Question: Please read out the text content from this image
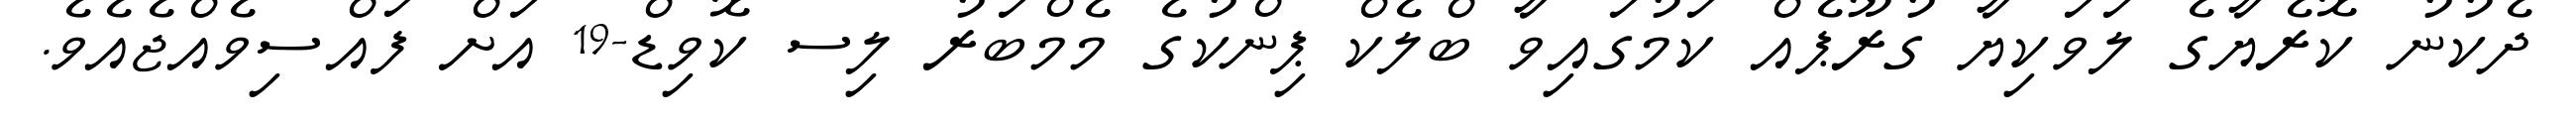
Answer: ދެކުނު ކޮރެޔާގެ ލަވަކިޔާ ގުރޫޕެއް ކަމުގައިވާ ބްލެކް ޕިންކުގެ މެމްބަރު ލިސ ކޮވިޑް-19 އަށް ފައްސިވެއްޖެއެވެ.